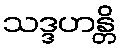
သဒ္ဒဟန္တိ